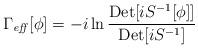
LaTeX: \begin{align*}\Gamma_{\mathit{eff}} [\phi]= -i \ln{\frac{ { \mathrm{Det}} [i {S}^{-1}[\phi]]}{ { \mathrm{Det}} [i S^{-1}]}} \end{align*}